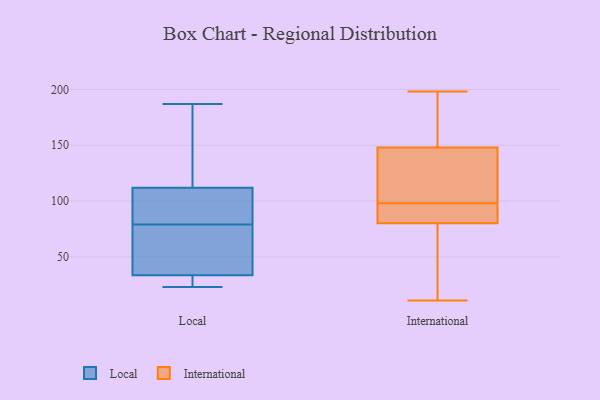
{"axis": {"x": "Page Views", "y": "Value"}, "legend": ["International", "Local"], "data": [{"x": "", "y": 67, "type": "Local"}, {"x": "", "y": 187, "type": "Local"}, {"x": "", "y": 117, "type": "Local"}, {"x": "", "y": 31, "type": "Local"}, {"x": "", "y": 166, "type": "Local"}, {"x": "", "y": 79, "type": "Local"}, {"x": "", "y": 28, "type": "Local"}, {"x": "", "y": 107, "type": "Local"}, {"x": "", "y": 36, "type": "Local"}, {"x": "", "y": 85, "type": "Local"}, {"x": "", "y": 64, "type": "Local"}, {"x": "", "y": 79, "type": "Local"}, {"x": "", "y": 23, "type": "Local"}, {"x": "", "y": 27, "type": "Local"}, {"x": "", "y": 148, "type": "Local"}, {"x": "", "y": 107, "type": "Local"}, {"x": "", "y": 89, "type": "International"}, {"x": "", "y": 197, "type": "International"}, {"x": "", "y": 138, "type": "International"}, {"x": "", "y": 107, "type": "International"}, {"x": "", "y": 81, "type": "International"}, {"x": "", "y": 171, "type": "International"}, {"x": "", "y": 198, "type": "International"}, {"x": "", "y": 41, "type": "International"}, {"x": "", "y": 76, "type": "International"}, {"x": "", "y": 85, "type": "International"}, {"x": "", "y": 80, "type": "International"}, {"x": "", "y": 142, "type": "International"}, {"x": "", "y": 172, "type": "International"}, {"x": "", "y": 81, "type": "International"}, {"x": "", "y": 55, "type": "International"}, {"x": "", "y": 148, "type": "International"}, {"x": "", "y": 11, "type": "International"}, {"x": "", "y": 132, "type": "International"}]}